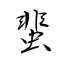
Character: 蜚